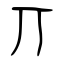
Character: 丌